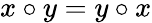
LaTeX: x\circ y=y\circ x